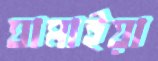
ঘামাইয়া